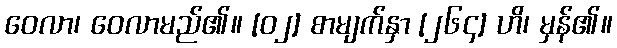
ဝေလာ၊ ဝေလာမည်၏။ [၀၂] စာမျက်နှာ [၂၆၄] ဟိ၊ မှန်၏။